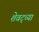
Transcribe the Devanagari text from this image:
शेवट्च्या